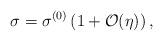
LaTeX: \begin{align*}\sigma= \sigma^{(0)} \left(1+ {\cal O}(\eta) \right),\end{align*}